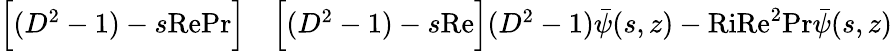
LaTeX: \begin{array}{rl}{\Big[(D^{2}-1)-s\textrm{RePr}\Big]}&{{}\Big[(D^{2}-1)-s\textrm{Re}\Big](D^{2}-1)\bar{\psi}(s,z)-\textrm{RiRe}^{2}\textrm{Pr}\bar{\psi}(s,z)}\end{array}